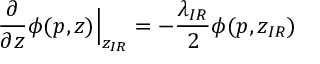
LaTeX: \frac { \partial } { \partial z } \phi ( p , z ) \Big | _ { z _ { I R } } = - \frac { \lambda _ { I R } } 2 \phi ( p , z _ { I R } )